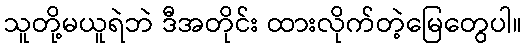
သူတို့မယူရဲဘဲ ဒီအတိုင်း ထားလိုက်တဲ့မြေတွေပါ။